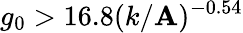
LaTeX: g_{0}>16.8(k/\mathbf{A})^{-0.54}